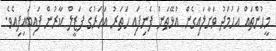
މީހުންތައް އަހުމަދު ވަށާލައިގެން އުޅޭތަން ފެނިފައި ހަތަރު އަހަރުގެ ފަޒީލް ކާރުން ފައިބައިފިއެވެ.